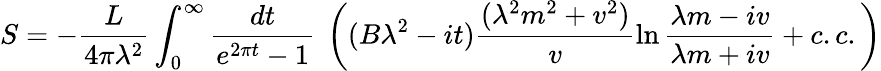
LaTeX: S=-\frac{L}{4\pi\lambda^{2}}\int_{0}^{\infty}\frac{dt}{e^{2\pi t}-1}~\left((B\lambda^{2}-it)\frac{(\lambda^{2}m^{2}+v^{2})}{v}\ln\frac{\lambda m-iv}{\lambda m+iv}+c.c.\right)